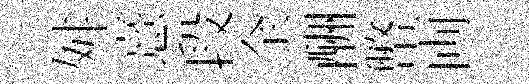
舛憙段全酬幣両